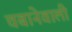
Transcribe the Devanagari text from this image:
चबानेवाली